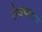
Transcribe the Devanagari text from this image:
रोजच्याला